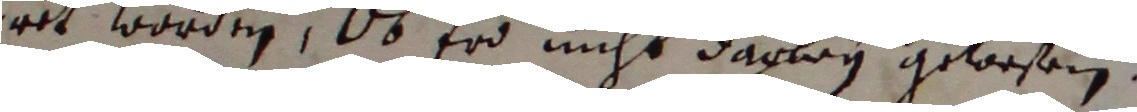
eret worden, os er nicht darbey gewesen.